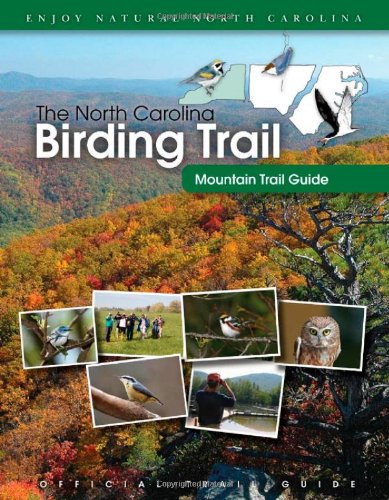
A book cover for The North Carolina Birding Trail: Mountain Trail Guide; North Carolina Birding Trail; Travel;